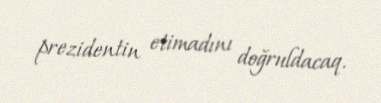
prezidentin etimadını doğruldacaq.